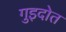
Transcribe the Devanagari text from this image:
गुइदोत